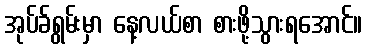
အုပ်ခ်ရွမ်းမှာ နေ့လယ်စာ စားဖို့သွားရအောင်။